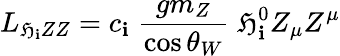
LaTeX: L_{\mathfrak{H}_{\mathbf{i}}ZZ}=c_{\mathbf{i}}\; \frac{{gm_{Z}}}{{\cos\theta_{W}}}\; \mathfrak{H}_{\mathbf{i}}^{0}Z_{\mu}Z^{\mu}